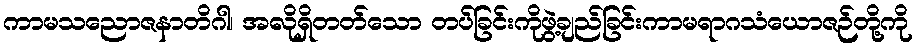
ကာမသညောဇနာတိဂါ၊ အလိုရှိတတ်သော တပ်ခြင်းကိုဖွဲ့ချည်ခြင်းကာမရာဂသံယောဇဉ်တို့ကို